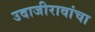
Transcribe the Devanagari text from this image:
उदाजीरावांचा